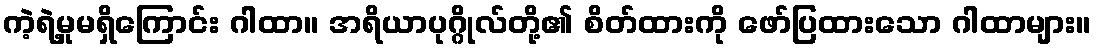
ကဲ့ရဲ့မှုမရှိကြောင်း ဂါထာ။ အရိယာပုဂ္ဂိုလ်တို့၏ စိတ်ထားကို ဖော်ပြထားသော ဂါထာများ။